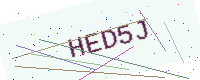
Text: HED5J